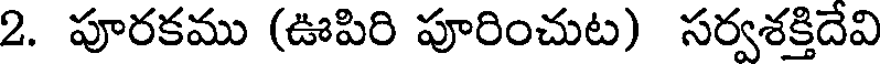
2. పూరకము (ఊపిరి పూరించుట) సర్వశక్తిదేవి